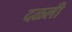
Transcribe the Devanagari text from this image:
दळली